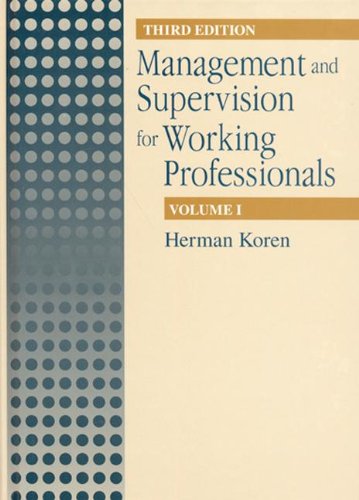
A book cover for Management Supervision for Working Profiles, Third Edition, Two Volume Set: Management and Supervision for Working Professionals, Third Edition, ... & Supervision for Working Professionals); Herman Koren; Law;